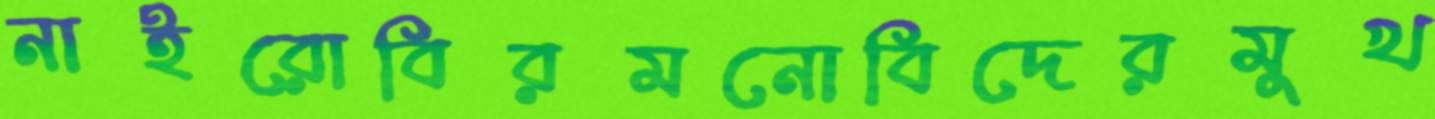
নাইরোবিরমনোবিদেরমুখ